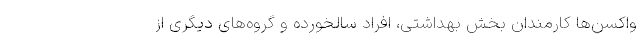
واکسن‌ها کارمندان بخش بهداشتی، افراد سالخورده و گروه‌های دیگری از